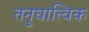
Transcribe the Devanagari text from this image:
तनुघात्विक